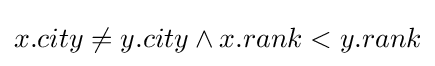
x.city\neq y.city\land x.rank<y.rank